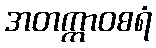
အတက္ကာဝစရံ